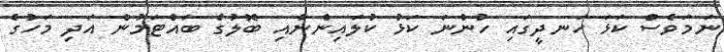
ނަމަވެސް ކަޅަ ހަނދީގައި ހުންނަ ކަޅު ކުލައިންނާއި ބޮލުގެ ބައްޓަމުން އަދި މަހުގެ